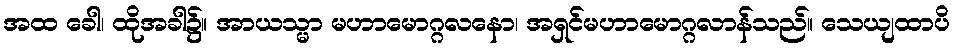
အထ ခေါ၊ ထိုအခါ၌။ အာယသ္မာ မဟာမောဂ္ဂလနော၊ အရှင်မဟာမောဂ္ဂလာန်သည်။ သေယျထာပိ